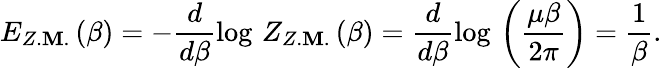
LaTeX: E_{Z.\mathbf{M}.}\left(\beta\right)=-\frac{{d}}{{d\beta}}\log\, Z_{Z.\mathbf{M}.}\left(\beta\right)=\frac{{d}}{{d\beta}}\log\, \left(\frac{{\mu\beta}}{{2\pi}}\right)=\frac{{1}}{{\beta}}.